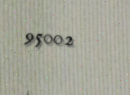
95002